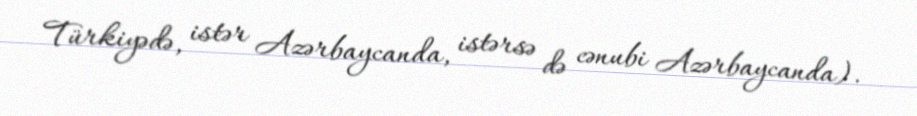
Türkiyədə, istər Azərbaycanda, istərsə də cənubi Azərbaycanda).